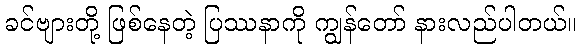
ခင်ဗျားတို့ ဖြစ်နေတဲ့ ပြဿနာကို ကျွန်တော် နားလည်ပါတယ်။